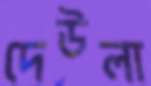
দেউলা